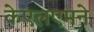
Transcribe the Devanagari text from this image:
केएलएमने